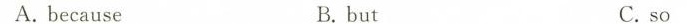
A. because B. but C. so